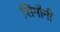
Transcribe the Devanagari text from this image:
सिमौनी